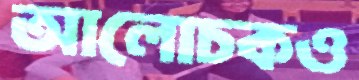
আলোচকও